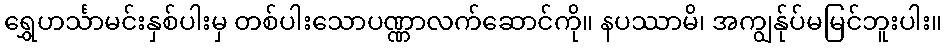
ရွှေဟင်္သာမင်းနှစ်ပါးမှ တစ်ပါးသောပဏ္ဏာလက်ဆောင်ကို။ နပဿာမိ၊ အကျွန်ုပ်မမြင်ဘူးပါး။